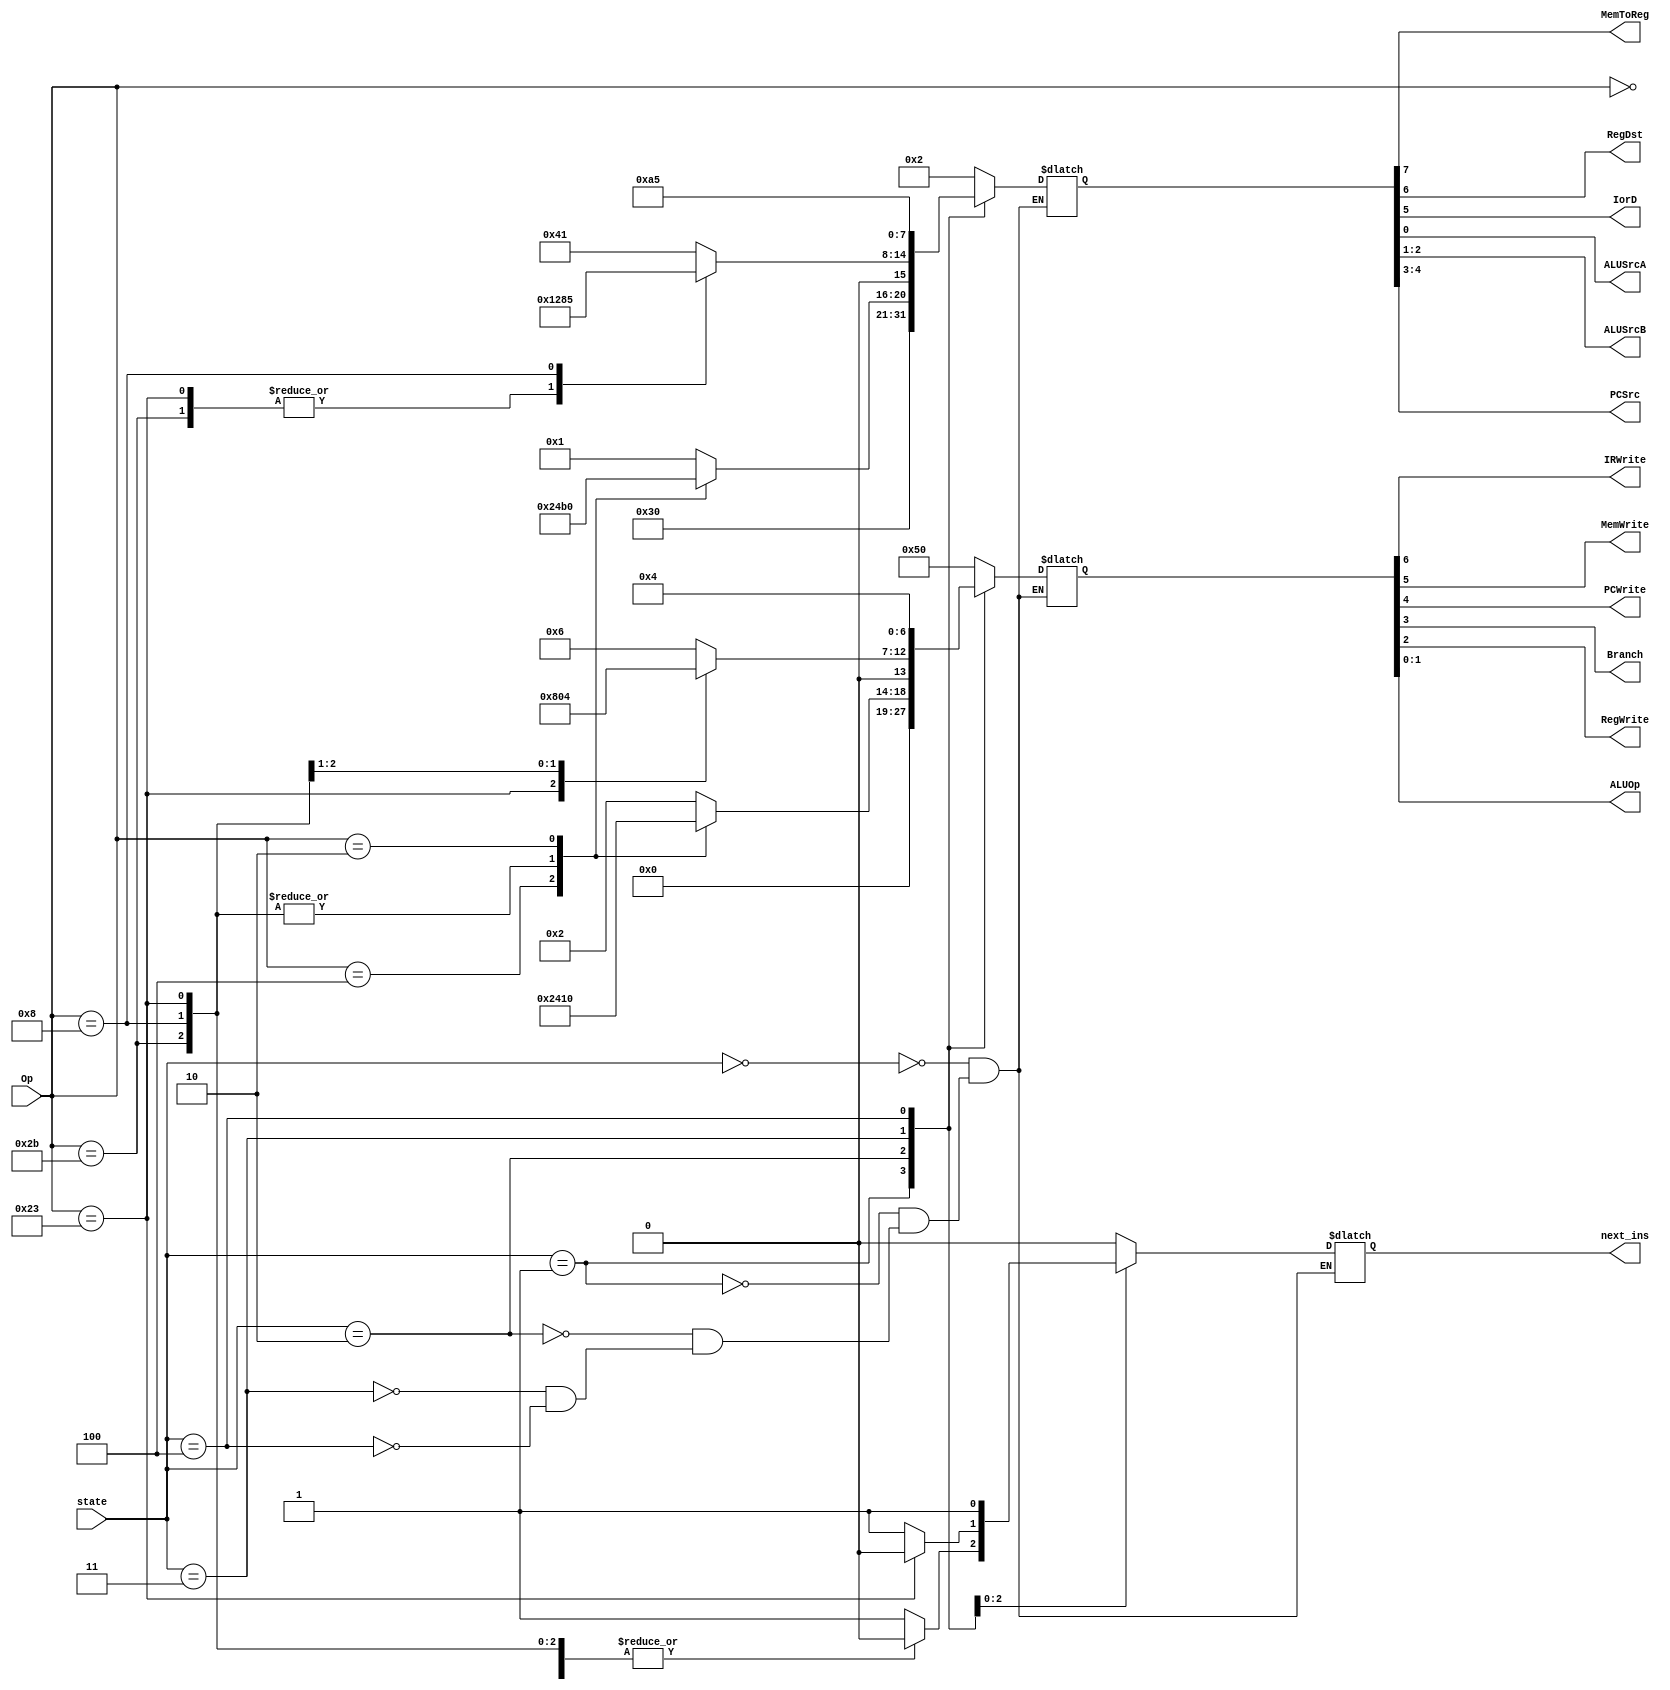
module Multi_MainDec (
    input [5:0] Op,
    input [2:0] state,
    output MemToReg, RegDst, IorD, ALUSrcA,
    output [1:0] ALUSrcB, PCSrc,
    output IRWrite, MemWrite, PCWrite, Branch, RegWrite,
    output [1:0] ALUOp,
    output next_ins  // if code ends, enable fetch to set state back to 0
);

    reg [7:0] Mul_Selector;
    reg [6:0] Reg_En;
    reg fetch;
    assign next_ins = fetch;
    assign {MemToReg, RegDst, IorD, PCSrc, ALUSrcB, ALUSrcA} = Mul_Selector;
    assign {IRWrite, MemWrite, PCWrite, Branch, RegWrite, ALUOp} = Reg_En;

    always @(*) begin
        case (state)
            3'b000:  // IF
                begin
                    Mul_Selector = 8'b00000010;
                    Reg_En = 7'b1010000;
                    fetch = 1'b0;
                end
            3'b001:  // ID
                begin
                    Mul_Selector = 8'b00000110;
                    Reg_En = 7'b0000000;
                    fetch = 1'b0;
                end
            3'b010:  // EX
            case (Op)
                6'b000000:  // R-type
                        begin
                    Mul_Selector = 8'b00000001;
                    Reg_En = 7'b0000010;
                    fetch = 1'b0;
                end
                6'b100011:  // lw
                        begin
                    Mul_Selector = 8'b00000101;
                    Reg_En = 7'b0000000;
                    fetch = 1'b0;
                end
                6'b101011:  // sw
                        begin
                    Mul_Selector = 8'b00000101;
                    Reg_En = 7'b0000000;
                    fetch = 1'b0;
                end
                6'b000100:  // beq
                        begin
                    Mul_Selector = 8'b00001001;
                    Reg_En = 7'b0001001;
                    fetch = 1'b1;
                end
                6'b001000:  // addi
                        begin
                    Mul_Selector = 8'b00000101;
                    Reg_En = 7'b0000000;
                    fetch = 1'b0;
                end
                6'b000010:  // j
                        begin
                    Mul_Selector = 8'b00010000;
                    Reg_En = 7'b0010000;
                    fetch = 1'b1;
                end
                default: begin
                    Mul_Selector = 8'bx;
                    Reg_En = 7'bx;
                    fetch = 1'b1;
                end
            endcase
            3'b011:  // MEM
            case (Op)
                6'b000000:  // R-type
                        begin
                    Mul_Selector = 8'b01000001;
                    Reg_En = 7'b0000110;
                    fetch = 1'b1;
                end
                6'b100011:  // lw
                        begin
                    Mul_Selector = 8'b00100101;
                    Reg_En = 7'b0000000;
                    fetch = 1'b0;
                end
                6'b101011:  // sw
                        begin
                    Mul_Selector = 8'b00100101;
                    Reg_En = 7'b0100000;
                    fetch = 1'b1;
                end
                6'b001000:  // addi
                        begin
                    Mul_Selector = 8'b00000101;
                    Reg_En = 7'b0000100;
                    fetch = 1'b1;
                end
                default: begin
                    Mul_Selector = 8'bx;
                    Reg_En = 7'bx;
                    fetch = 1'b1;
                end
            endcase
            3'b100:  // WB
            case (Op)
                6'b100011:  // lw
                        begin
                    Mul_Selector = 8'b10100101;
                    Reg_En = 7'b0000100;
                    fetch = 1'b1;
                end
                default: begin
                    Mul_Selector = 8'bx;
                    Reg_En = 7'bx;
                    fetch = 1'b1;
                end
            endcase
        endcase
    end
endmodule